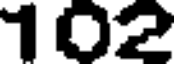
102